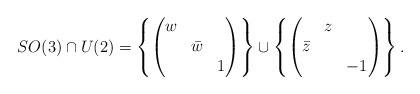
\begin{align*}SO(3)\cap U(2)=\left\{\begin{pmatrix}w & &\\& \bar{w} &\\& & 1\end{pmatrix}\right\}\cup\left\{\begin{pmatrix}& z &\\\bar{z} & &\\& & -1\end{pmatrix}\right\}.\end{align*}